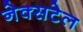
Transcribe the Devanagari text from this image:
नेक्सटेल